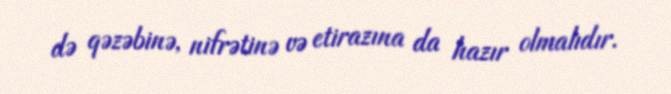
də qəzəbinə, nifrətinə və etirazına da hazır olmalıdır.